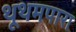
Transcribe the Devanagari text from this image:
थूथमपारा